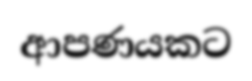
ආපණයකට